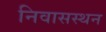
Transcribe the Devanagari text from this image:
निवासस्थन